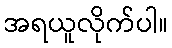
အရယူလိုက်ပါ။